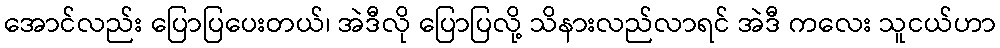
အောင်လည်း ပြောပြပေးတယ်၊ အဲဒီလို ပြောပြလို့ သိနားလည်လာရင် အဲဒီ ကလေး သူငယ်ဟာ